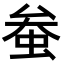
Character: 𫊲